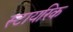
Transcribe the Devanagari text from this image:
स्टायरिक